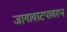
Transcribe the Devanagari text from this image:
जागावाटपावरून